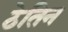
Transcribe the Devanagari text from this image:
ठेतिन